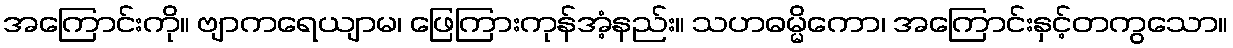
အကြောင်းကို။ ဗျာကရေယျာမ၊ ဖြေကြားကုန်အံ့နည်း။ သဟဓမ္မိကော၊ အကြောင်းနှင့်တကွသော။